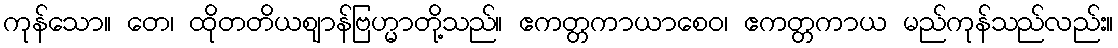
ကုန်သော။ တေ၊ ထိုတတိယဈာန်ဗြဟ္မာတို့သည်။ ဧကတ္တကာယာစေဝ၊ ဧကတ္တကာယ မည်ကုန်သည်လည်း။